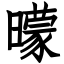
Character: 曚